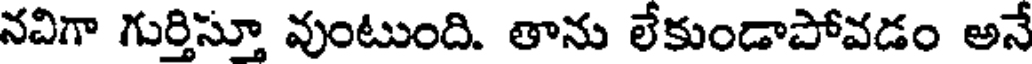
నవిగా గుర్తిస్తూ వుంటుంది. తాను లేకుండాపోవడం అనే